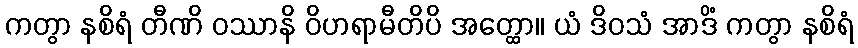
ကတွာ နစိရံ တီဏိ ဝဿာနိ ဝိဟရာမီတိပိ အတ္ထော။ ယံ ဒိဝသံ အာဒိံ ကတွာ နစိရံ